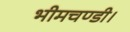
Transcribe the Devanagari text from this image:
भीमचण्डी।